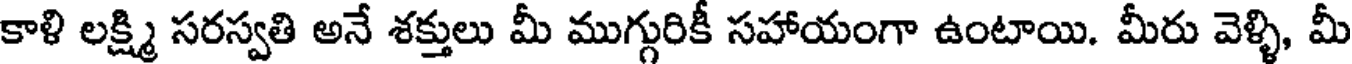
కాళి లక్ష్మి సరస్వతి అనే శక్తులు మీ ముగ్గురికీ సహాయంగా ఉంటాయి. మీరు వెళ్ళి, మీ